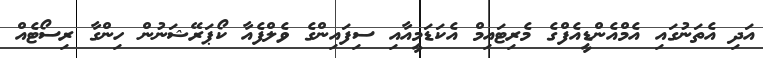
އަދި އެތަނުގައި އެމްއެންޑީއެފްގެ މެރިޓައިމް އެކަޑަމީއާއި ސިފައިންގެ ވެލްފެއާ ކޯޕަރޭޝަނުން ހިންގާ ރިސޯޓެއް